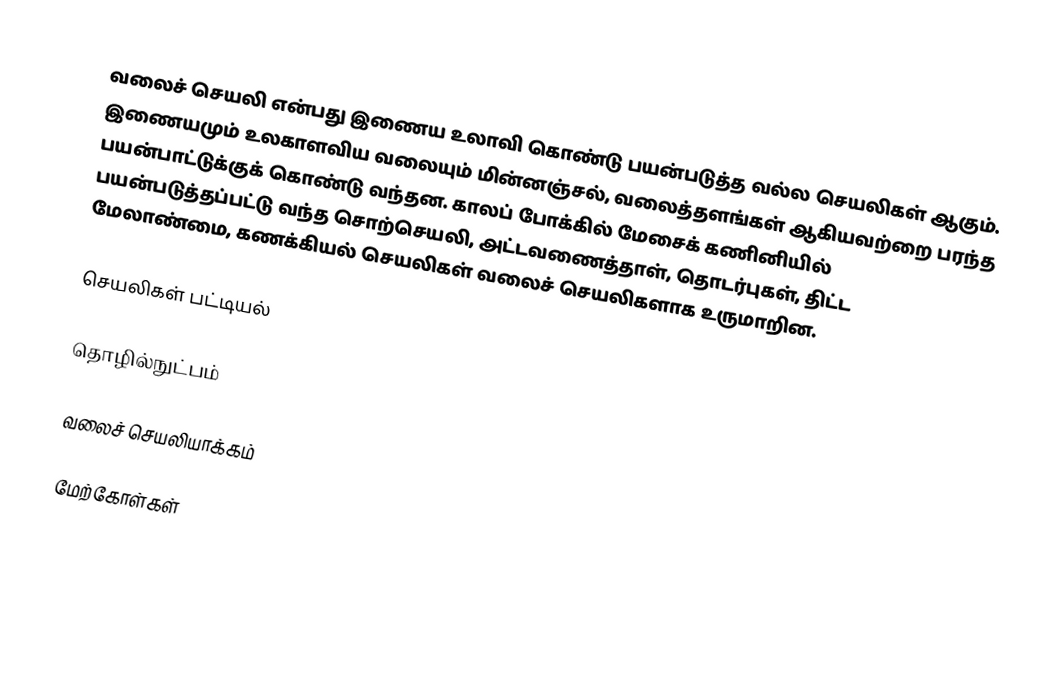
வலைச் செயலி என்பது இணைய உலாவி கொண்டு பயன்படுத்த வல்ல செயலிகள் ஆகும். இணையமும் உலகாளவிய வலையும் மின்னஞ்சல், வலைத்தளங்கள் ஆகியவற்றை பரந்த பயன்பாட்டுக்குக் கொண்டு வந்தன. காலப் போக்கில் மேசைக் கணினியில் பயன்படுத்தப்பட்டு வந்த சொற்செயலி, அட்டவணைத்தாள், தொடர்புகள், திட்ட மேலாண்மை, கணக்கியல் செயலிகள் வலைச் செயலிகளாக உருமாறின.

செயலிகள் பட்டியல்

தொழில்நுட்பம்

வலைச் செயலியாக்கம்

மேற்கோள்கள்